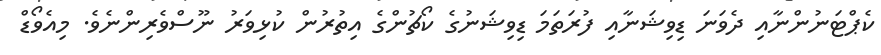
ކެޕްޓަނުންނާއި ދެވަނަ ޑިވިޝަނާއި ފުރަތަމަ ޑިވިޝަނުގެ ކޯޗުންގެ އިތުރުން ކުޅިވަރު ނޫސްވެރިންނެވެ. މިއެވޯޑް